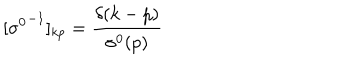
\nonumber [ { \sigma ^ { 0 } } ^ { - 1 } ] _ { k p } = { \frac { \delta ( k - p ) } { \sigma ^ { 0 } ( p ) } }